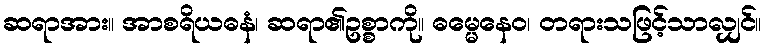
ဆရာအား။ အာစရိယဓနံ၊ ဆရာ၏ဥစ္စာကို။ ဓမ္မေနေဝ၊ တရားသဖြင့်သာလျှင်။